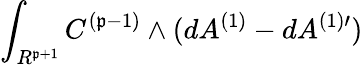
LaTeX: \int_{R^{\mathfrak{p}+1}}C^{(\mathfrak{p}-1)}\wedge(dA^{(1)}-dA^{(1)\prime})